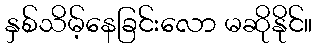
နှစ်သိမ့်နေခြင်းလော မဆိုနိုင်။